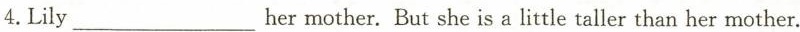
4.Lily ___hermother.But she is a little taller than her mother.